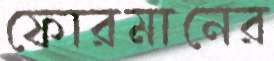
ফোরমানের